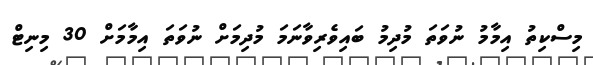
މިސްކިތު އިމާމު ނުވަތަ މުދިމު ބައިވެރިވާނަމަ މުދިމަށް ނުވަތަ އިމާމަށް 30 މިނިޓް